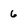
Character: 6